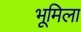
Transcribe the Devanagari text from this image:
भूमिला